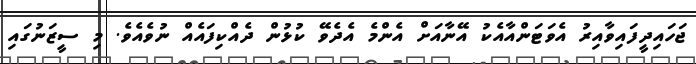
ޖަހައިދީފައިވާއިރު އެވަޓަންއާއެކު އޭނާއަށް އެންމެ އެދެވޭ ކުޅުން ދެއްކިފައެއް ނުވެއެވެ. މި ސީޒަނުގައި